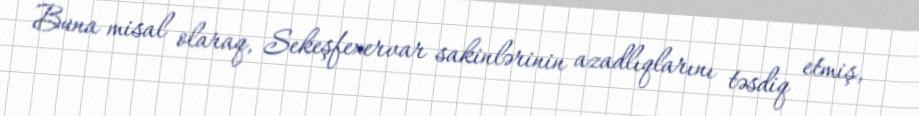
Buna misal olaraq, Sekeşfexervar sakinlərinin azadlıqlarını təsdiq etmiş,